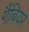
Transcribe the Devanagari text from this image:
गैंबियर